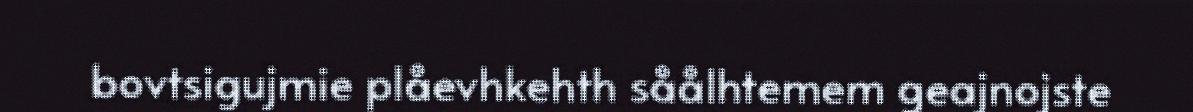
bovtsigujmie plåevhkehth såålhtemem geajnojste